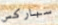
سباركس